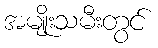
အမျိုးသမီးတွင်